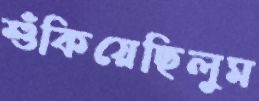
শুঁকিয়েছিলুম